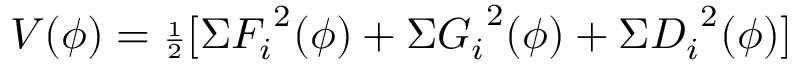
V ( \phi ) = { \scriptstyle { \frac { 1 } { 2 } } } [ \Sigma { F _ { i } } ^ { 2 } ( \phi ) + \Sigma { G _ { i } } ^ { 2 } ( \phi ) + \Sigma { D _ { i } } ^ { 2 } ( \phi ) ]